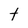
Character: t